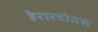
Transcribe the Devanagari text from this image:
हेरारदोतस